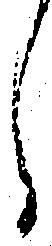
し